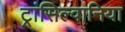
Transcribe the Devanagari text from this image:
ट्रांसिल्वानिया